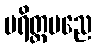
ပရိတ္တပညေ